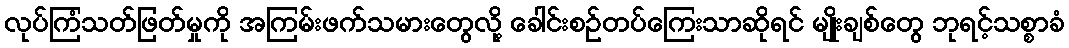
လုပ်ကြံသတ်ဖြတ်မှုကို အကြမ်းဖက်သမားတွေလို့ ခေါင်းစဉ်တပ်ကြေးသာဆိုရင် မျိုးချစ်တွေ ဘုရင့်သစ္စာခံ